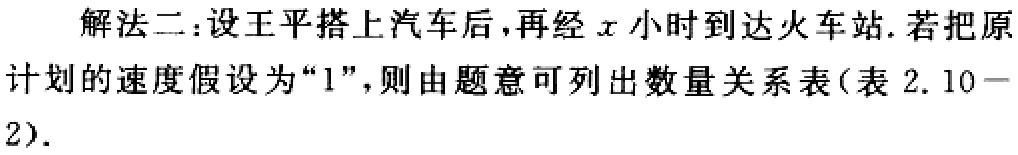
解法二：设王平搭上汽车后，再经\(x\)小时到达火车站. 若把原计划的速度假设为“\(1\)”，则由题意可列出数量关系表(表 \(2.10 - 2\)).